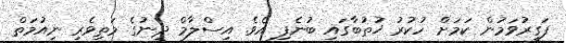
ފަގީރުވަމުން ކަމަށް ހުކުރު ޚުތުބާގައި ބުނެފި އެވެ. އިސްލާމް ދީނުގެ މަތިވެރި ނިއުމަތް